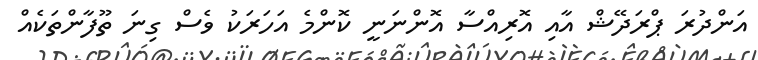
އަންދުރަ ޕްރަދޭޝް އާއި އޮރިއްސާ އޮންނަނީ ކޮންމެ އަހަރަކު ވެސް ގިނަ ތޫފާންތަކެއް